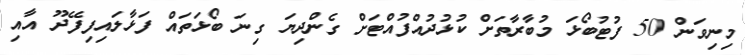
މިނިވަން 50 ފުޓުބޯޅަ މުބާރާތަށް ކުޅުދުއްފުއްޓަށް ގެންދިޔަ ގިނަ ބޯޅަތައް ފަޅާލައިފިފޭދޫ އާއި